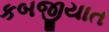
કબજીયાત